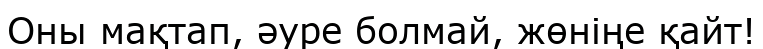
Оны мақтап, әуре болмай, жөніңе қайт!